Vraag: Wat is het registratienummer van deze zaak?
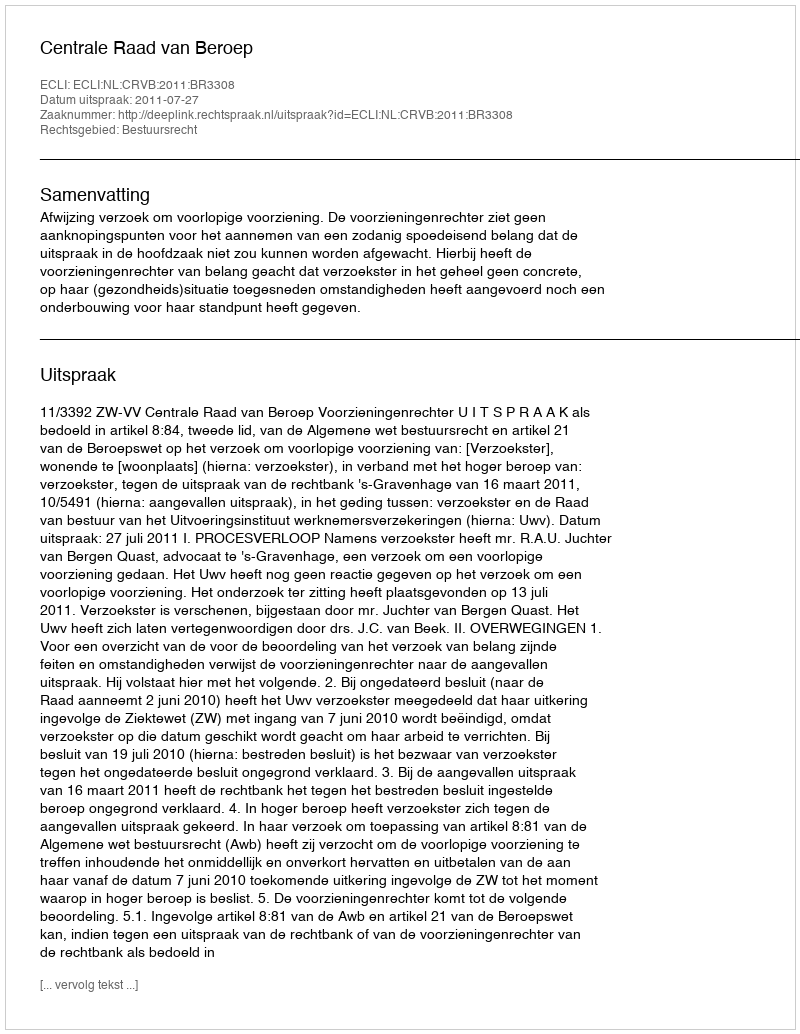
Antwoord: http://deeplink.rechtspraak.nl/uitspraak?id=ECLI:NL:CRVB:2011:BR3308